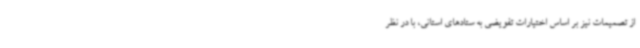
از تصمیمات نیز بر اساس اختیارات تفویضی به ستادهای استانی، با در نظر